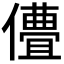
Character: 𬿽